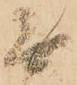
無